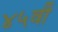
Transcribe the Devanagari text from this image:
४५वीं